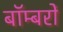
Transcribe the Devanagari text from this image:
बाॅम्बरों